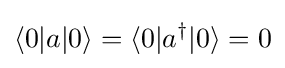
\langle 0|a|0\rangle =\langle 0|a^{\dagger }|0\rangle =0